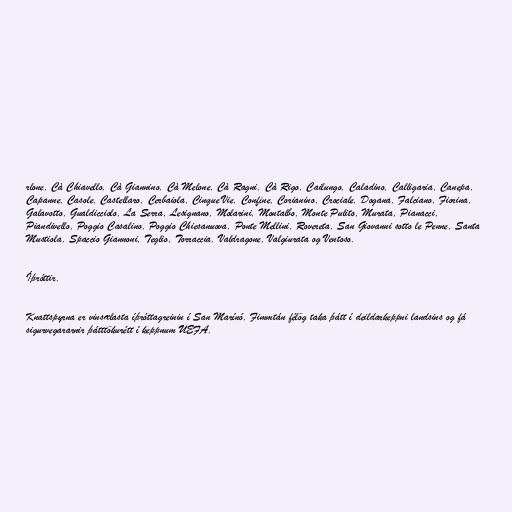
rlone, Cà Chiavello, Cà Giannino, Cà Melone, Cà Ragni, Cà Rigo, Cailungo, Caladino, Calligaria, Canepa,
Capanne, Casole, Castellaro, Cerbaiola, Cinque Vie, Confine, Corianino, Crociale, Dogana, Falciano, Fiorina,
Galavotto, Gualdicciolo, La Serra, Lesignano, Molarini, Montalbo, Monte Pulito, Murata, Pianacci,
Piandivello, Poggio Casalino, Poggio Chiesanuova, Ponte Mellini, Rovereta, San Giovanni sotto le Penne, Santa
Mustiola, Spaccio Giannoni, Teglio, Torraccia, Valdragone, Valgiurata og Ventoso.

Íþróttir.

Knattspyrna er vinsælasta íþróttagreinin í San Marínó. Fimmtán félög taka þátt í deildarkeppni landsins og fá
sigurvegararnir þátttökurétt í keppnum UEFA.